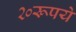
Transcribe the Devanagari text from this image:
२०रूपये